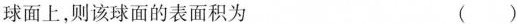
球面上，则该球面的表面积为 ()